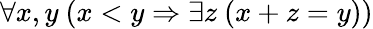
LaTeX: \forall x,y\ (x<y\Rightarrow\exists z\ (x+z=y))